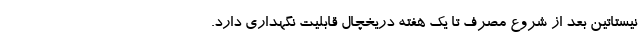
نیستاتین بعد از شروع مصرف تا یک هفته دریخچال قابلیت نگهداری دارد.